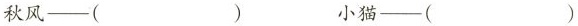
秋风—（ ） 小猫—（ ）